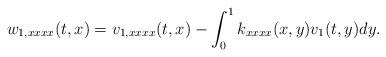
LaTeX: \begin{align*}w_{1,xxxx}(t,x) = v_{1,xxxx}(t,x) - \int_0^1k_{xxxx}(x,y)v_1(t,y)dy.\end{align*}